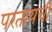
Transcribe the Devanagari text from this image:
परतायची